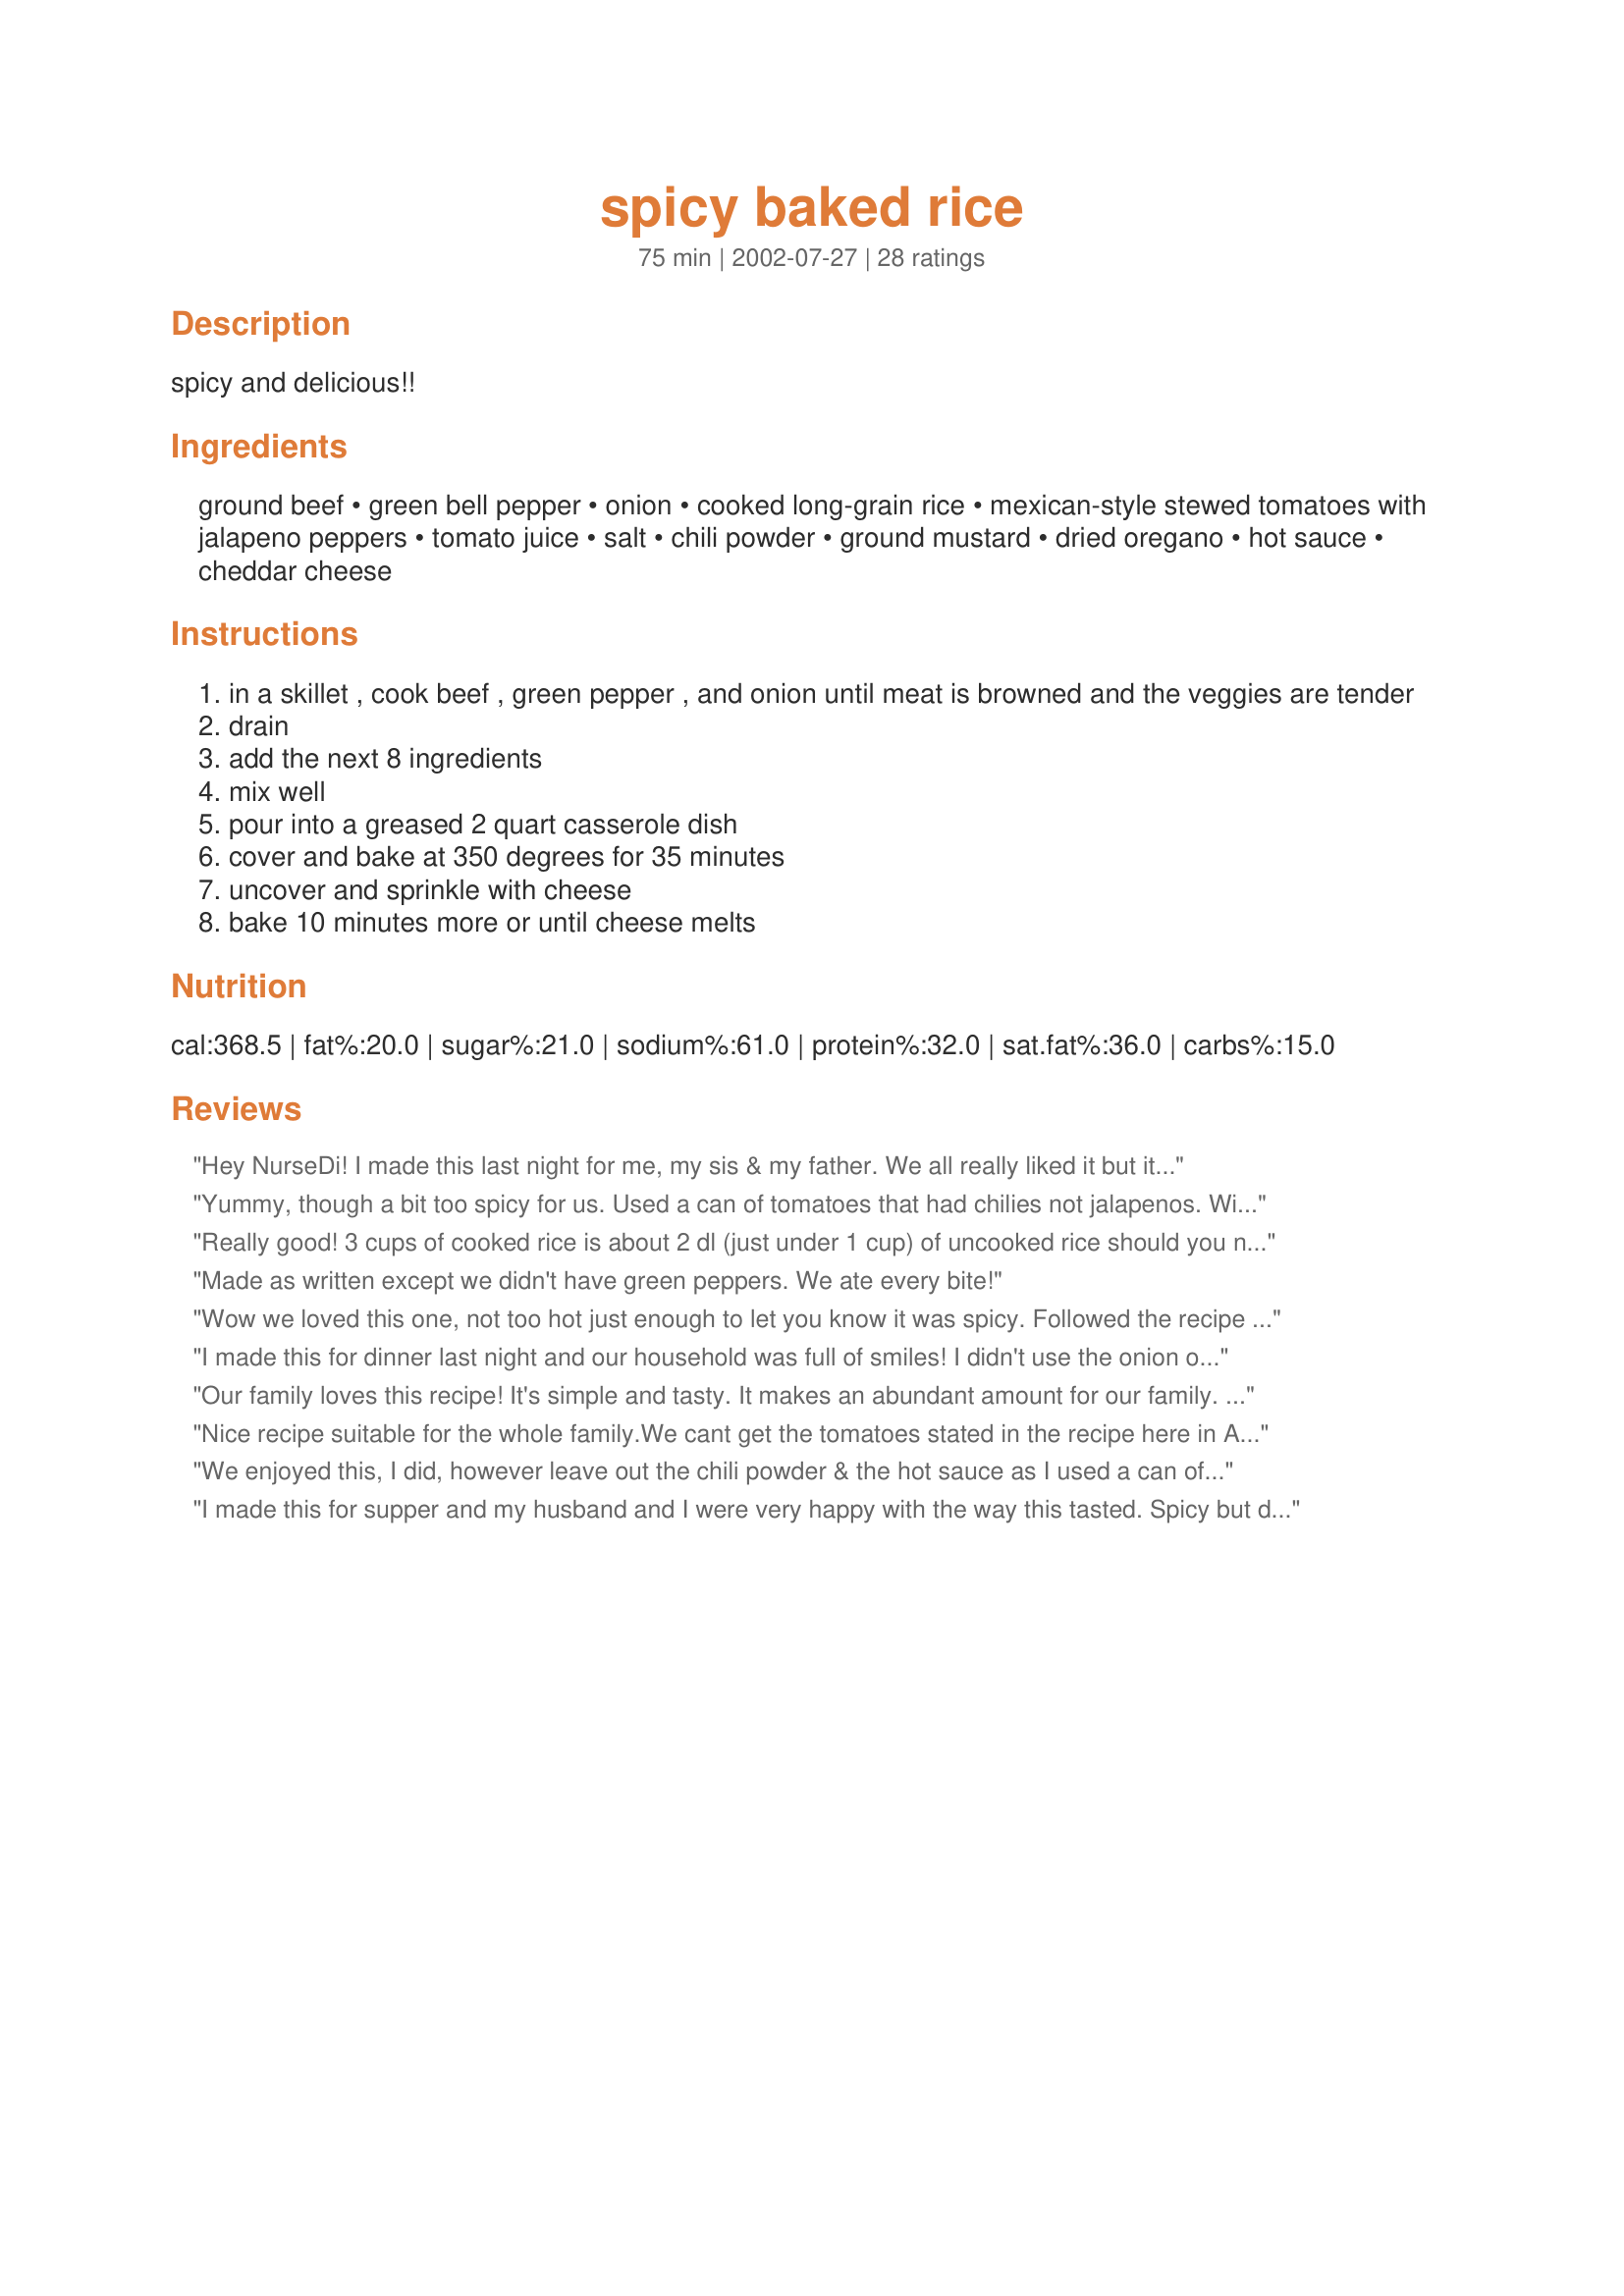
spicy baked rice
Preparation time: 75 minutes

spicy and delicious!!

Ingredients:
ground beef, green bell pepper, onion, cooked long-grain rice, mexican-style stewed tomatoes with jalapeno peppers, tomato juice, salt, chili powder, ground mustard, dried oregano, hot sauce, cheddar cheese

Steps:
in a skillet , cook beef , green pepper , and onion until meat is browned and the veggies are tender
drain
add the next 8 ingredients
mix well
pour into a greased 2 quart casserole dish
cover and bake at 350 degrees for 35 minutes
uncover and sprinkle with cheese
bake 10 minutes more or until cheese melts

Reviews:
Hey NurseDi! I made this last night for me, my sis & my father. We all really liked it but it wasnt that spicy so anyone not making this because of that word should still try it! I also reduced the tomato juice to 1 cup. Other than that stayed true to the recipe. Very yummy! Thanks!
Yummy, though a bit too spicy for us. Used a can of tomatoes that had chilies not jalapenos. With a generous helping of extra cheese on my serving it seemed to make it a bit more milder and tolerable for myself, but not the kids. I will make this again, but tweak it a bit "hotness" wise.
Really good! 3 cups of cooked rice is about 2 dl (just under 1 cup) of uncooked rice should you not have cooked rice handy! Like Erin, I also used only 1 cup of tomato juice as I like 'drier' food. I also stirred the cheese into the mixture and then baked the whole thing, uncovered, in 200 C for about 35 minutes. Yummy! I will double the amounts of spices next time, but that's just our we-like-it-hot preference!
Made as written except we didn't have green peppers. We ate every bite!
Wow we loved this one, not too hot just enough to let you know it was spicy. Followed the recipe as above but used red pepper instead of green, and being in Oz and not having jalapenos in tomato added jalapenos separately to the tomato, could be making this alot!!! thanks
I made this for dinner last night and our household was full of smiles! I didn't use the onion or green pepper (my husband doesn't like). I used diced tomatoes with green chilis, extra lean meat, brown rice and fat free cheddar cheese. Added fresh jalapenos, extra hot sauce and tortillas. Thank you so much for this recipe. My husband won't let me forget this one!
Our family loves this recipe! It's simple and tasty. It makes an abundant amount for our family. My husband likes to take the leftovers with tortillas to lunch. Thanks for the post!
Nice recipe suitable for the whole family.We cant get the tomatoes stated in the recipe here in Australia either but I just substituted with reg tin tomatoes and stack loads of jalapeno's (love 'em)I didnt have any tomato juice on hand either so used tomato paste and water.I served with shredded lettuce,sour cream and corn chips.Yummo!!
We enjoyed this, I did, however leave out the chili powder & the hot sauce as I used a can of diced tomatoes with green chilis & from experience I knew the combo would be way to spicy for my hubby. I used one yellow pepper as that is what I had on hand. We will have this again, it was very good!. Thanks nurse di
I made this for supper and my husband and I were very happy with the way this tasted. Spicy but did not burn our mouths. I also liked it because it was easy and I didn't have to spend all night in the kitchen. Thanks Nurse Di.
This was a wonderful recipe everyone in the family loved! Put it over tortilla chips with sour cream and lettuce. It was a nice spicy, enough to make your tongue tingle. But not so much to make your nose run. I used 16 ounces of tomato sauce instead of the tomato juice, a 10 ounce can of Rotel tomatoes and green chiles instead of the tomatoes and jalapenos, and added a 15 ounce can of black beans plus the liquid in it. Didn't add the bell pepper since I don't care for them and stirred the cheese into it instead of putting it on top. This WILL be in my regular recipes for my family! Thank you!
This is a really great recipe, easy to make, not too many ingrediants, not too many pots :) and really tasty. Delicious on the night and excellent as leftovers. I only used 200mls of tomato juice. As Linda said, its also good with some sour cream to serve. I only use one reaspoon of chili powder which is hot enough for me. I highly recommend this recipe. UPDATE: This dish is now part of my regular rotation, its also good with chicken mince.

I make this all the time...The only change I make is I use Monterey Jack in place of the Cheddar cheese, as it's my favorite cheese...It's a winner for sure! Sometimes I top it with sour cream and black olives right before serving...Doesn't get any better than this :)
We loved this dish! It had the perfect amount of heat in my opinion (and I followed the directions as stated). Served this as a side to carne asada for Cinco de Mayo. It was easy to prepare and everyone loved it. I will definitely be making this again. Thanks for posting.
This was good. That said, I did mess it up a bit. I doubled the meat but forgot to double the rest of the recipe! It was still very dominantly rice but the flavour balance was off. I can't get the good flavoured tomatoes here so I had to settle for normal stewed tomatoes instead. I didn't top it with cheese as we were using it as a sort of taco meat thing. I served it with sour cream, lettuce, shredded cheese and corn chips. I made mine into a layered taco salad. DS1 mixed all his stuff together and got a "salad-goop" as he called it. My fiance used his as a dip for his corn chips. And DS2 just ate the rice as is and then melted the cheese on top of his corn chips. lol It worked for all of us. This will be a regular feature in my house. Next time, I will probably triple the spices to make up for the plain tomatoes. Thanks for posting!!
Great recipe NurseDi! We really enjoyed it. I had to leave out the bell pepper (SO's preference), but added garlic and red pepper.

This was so yummo. A BIG hit with the family. Another Australian here, so I could not get tinned tomatoes with the jalapeno chillies, so I added a good quantity of jalapeno chillies to a tin tomatoes. This was such an easy dish prepare for dinner after work as I cooked the rice the night before. I served with shredded lettuce, light sour cream and white corn tortillas.
This recipe sounds wonderful. I'm going to try this recipe using Old ElPasto Jalapeno relish, I love that relish in my salsa and other dishes too. Thank you for sharing your recipe.
We liked it, and it definately goes along, long way. I added a can of brown beans and some chopped bacon and did without the jalapenos. We'll be having it again
Thanks NurseDi
Good easy dish. Simple to make and the possibilities are endless. I added black olives and used hot & Spicy V8 instead of tomato juice. I also added a can of black beans per previous reviewers suggestions. Tasty and not too spicy. Very filling for a quick weeknight meal. Thanks for posting!
This is so easy to throw together and really tasty. I can't get the Mexican stewed tomatoes in the Uk so I just used a can of regular ones and added a little some chopped jalapenos, tacco seasoning and a little oregano, it worked great. I also added mushrooms to it as I had some that needed using up, but otherwise followed the recipe as it is. I served it with some tortilla wraps. Thanks for sharing.
Great rice dish. I added some minced garlic to cook with the ground beef, onions, and peppers. I agree that it was seasoned well but not too hot, which makes it kid friendly. A very simple and easy recipe to make. Thanks Nurse Di.
NurseDi...your dish was perfectly spiced, and a great addition to our weekday meal menu! (minus
the hot sauce that is) Thankyou!!
This was so yummy! Great comfort food and easy! It is a wonderful way to use leftover rice and to stretch a pound of ground beef. I cut way back on the oregano as a personal preference and used a good tablespoon or more of hot sauce (Texas Pete). I let this simmer on the stove for a few minutes until thickened. We just spooned some in a bowl and sprinkled sharp cheddar cheese on top! It was scrumptious! I had to give DH the "look" so he would quit eating and leave me some to take for lunch tomorrow! LOL! Thanks NurseDi!
This recipe was really good, but I made a few changes: The addition of a little more ground meat, less rice (1 1/2 c), and 3 tsp chili powder. I also think a can of black beans would've been good mixed in and I'll do that next time. Definitely a keeper...has great flavor!Thanks NurseDi!
Pretty good, but seemed like it needed something else. I will probably make again and serve with refried beans.
This was a really simple and tasteful meal. I however did not add the hot sauce and was not spicy at all. That was the only correction I made. I give this recipe two thumbs up!!!!
This is terrific! I served it with corn chips. We liked it with a red bell pepper instead of green and green chile tomatoes instead of jalape&ntilde;o. Thank you!
